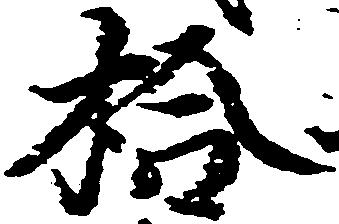
拾